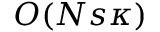
O ( N s \kappa )